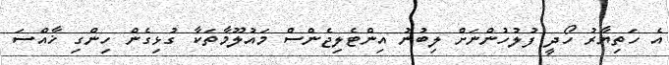
އެ ހަތިޔާރު ހޯދީ ފުލުހުންނަށް ލިބުނު އިންޓެލިޖެންސް މައުލޫމާތަކާ ގުޅިގެން ހިންގި ޚާއްސަ